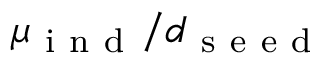
\mu _ { \mathrm { ~ i ~ n ~ d ~ } } / d _ { \mathrm { ~ s ~ e ~ e ~ d ~ } }